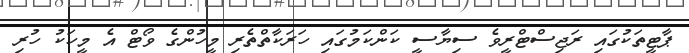
ޕާޓީތަކުގައި ރަޖިސްޓްރީވެ ސިޔާސީ ކަންކަމުގައި ހަރަކާތްތެރި މީހުންގެ ވޯޓް އެ މީހަކު ހުރި